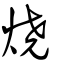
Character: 燒